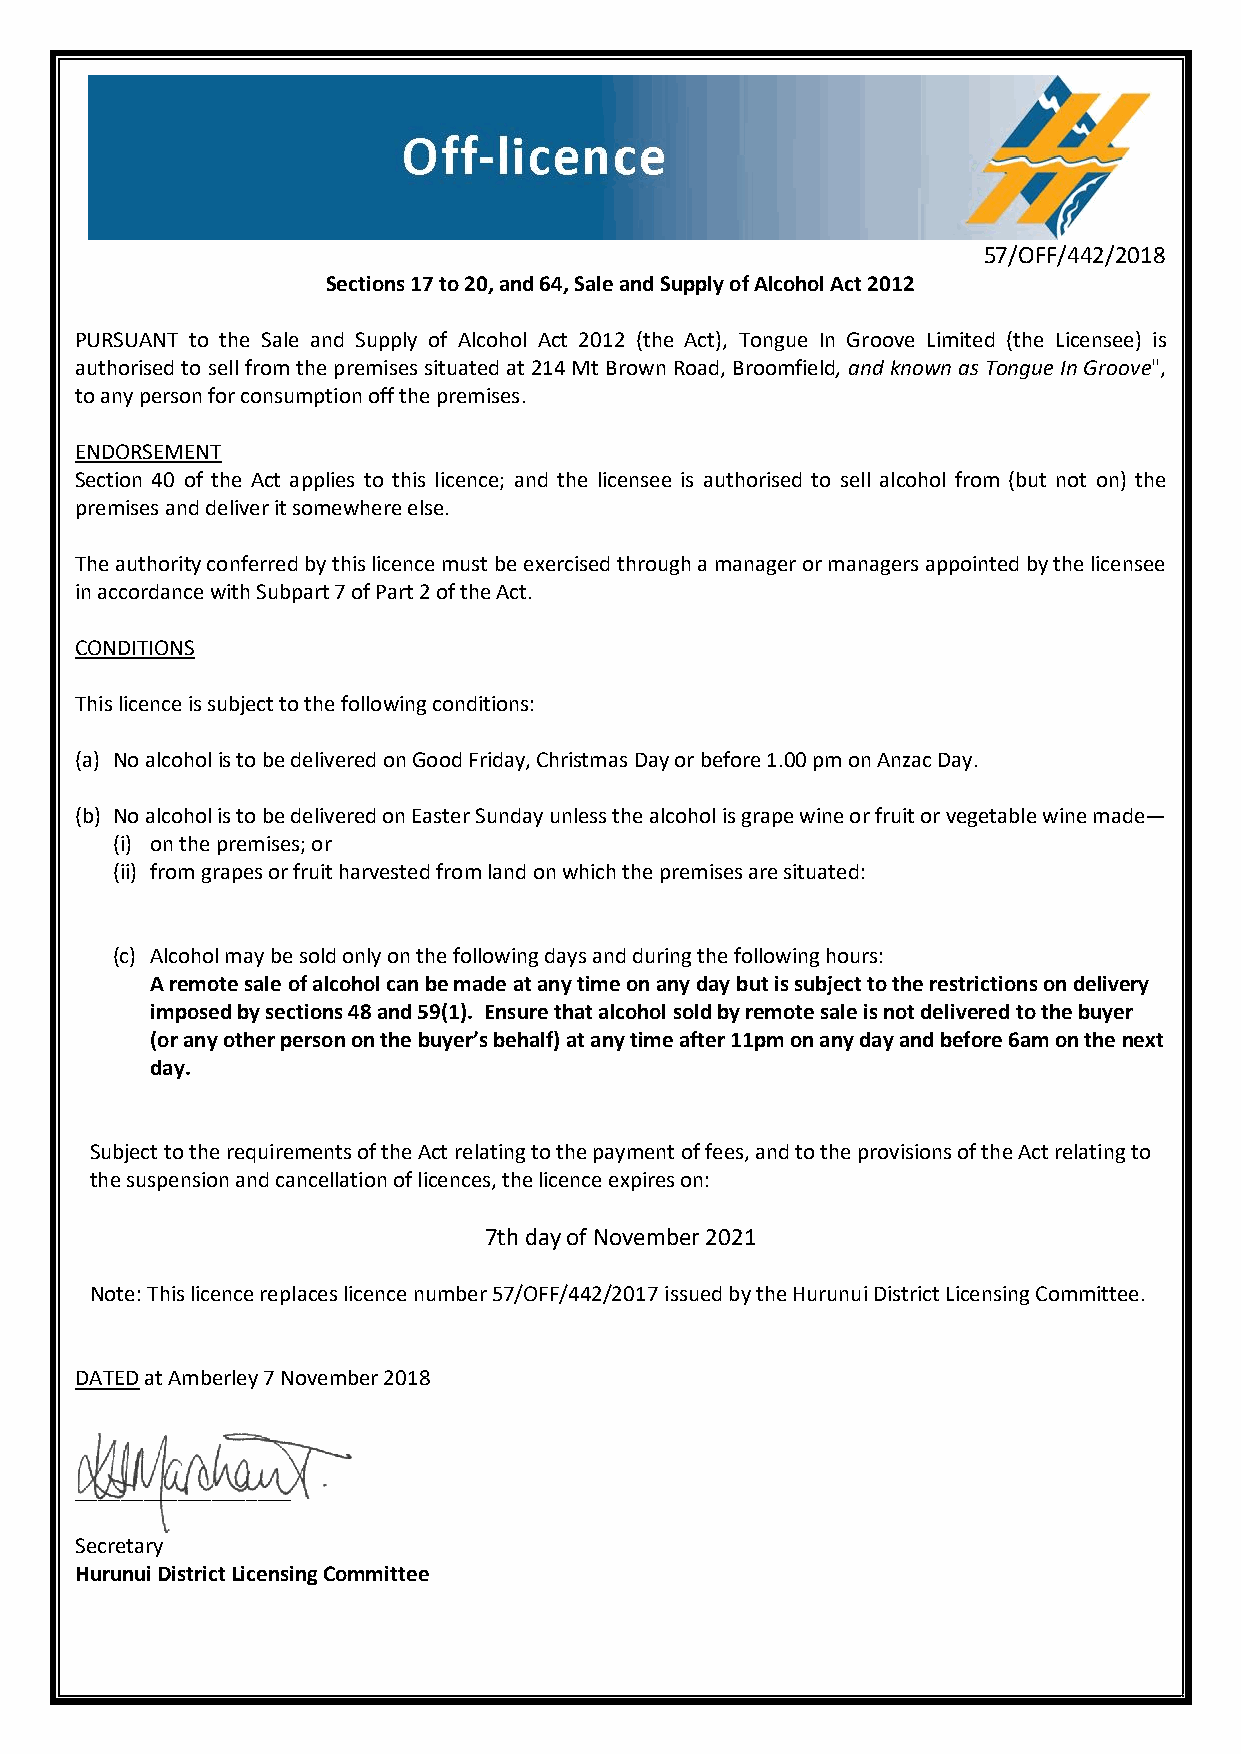
57/OFF/442/2018
 Sections 17 to 20, and 64, Sale and Supply of Alcohol Act 2012
 PURSUANT to the Sale and Supply of Alcohol Act 2012 (the Act), Tongue In Groove Limited (the Licensee) is
 authorised to sell from the premises situated at 214 Mt Brown Road, Broomfield, and known as Tongue In Groove",
 to any person for consumption off the premises.
 ENDORSEMENT
 Section 40 of the Act applies to this licence; and the licensee is authorised to sell alcohol from (but not on) the
 premises and deliver it somewhere else.
 The authority conferred by this licence must be exercised through a manager or managers appointed by the licensee
 in accordance with Subpart 7 of Part 2 of the Act.
 CONDITIONS
 This licence is subject to the following conditions:
 (a) No alcohol is to be delivered on Good Friday, Christmas Day or before 1.00 pm on Anzac Day.
 (b) No alcohol is to be delivered on Easter Sunday unless the alcohol is grape wine or fruit or vegetable wine made—
 (i) on the premises; or
 (ii) from grapes or fruit harvested from land on which the premises are situated:
 (c) Alcohol may be sold only on the following days and during the following hours:
 A remote sale of alcohol can be made at any time on any day but is subject to the restrictions on delivery
 imposed by sections 48 and 59(1). Ensure that alcohol sold by remote sale is not delivered to the buyer
 (or any other person on the buyer’s behalf) at any time after 11pm on any day and before 6am on the next
 day.
 Subject to the requirements of the Act relating to the payment of fees, and to the provisions of the Act relating to
 the suspension and cancellation of licences, the licence expires on:
 7th day of November 2021
 Note: This licence replaces licence number 57/OFF/442/2017 issued by the Hurunui District Licensing Committee.
 DATED at Amberley 7 November 2018
 ___________________
 Secretary
 Hurunui District Licensing Committee